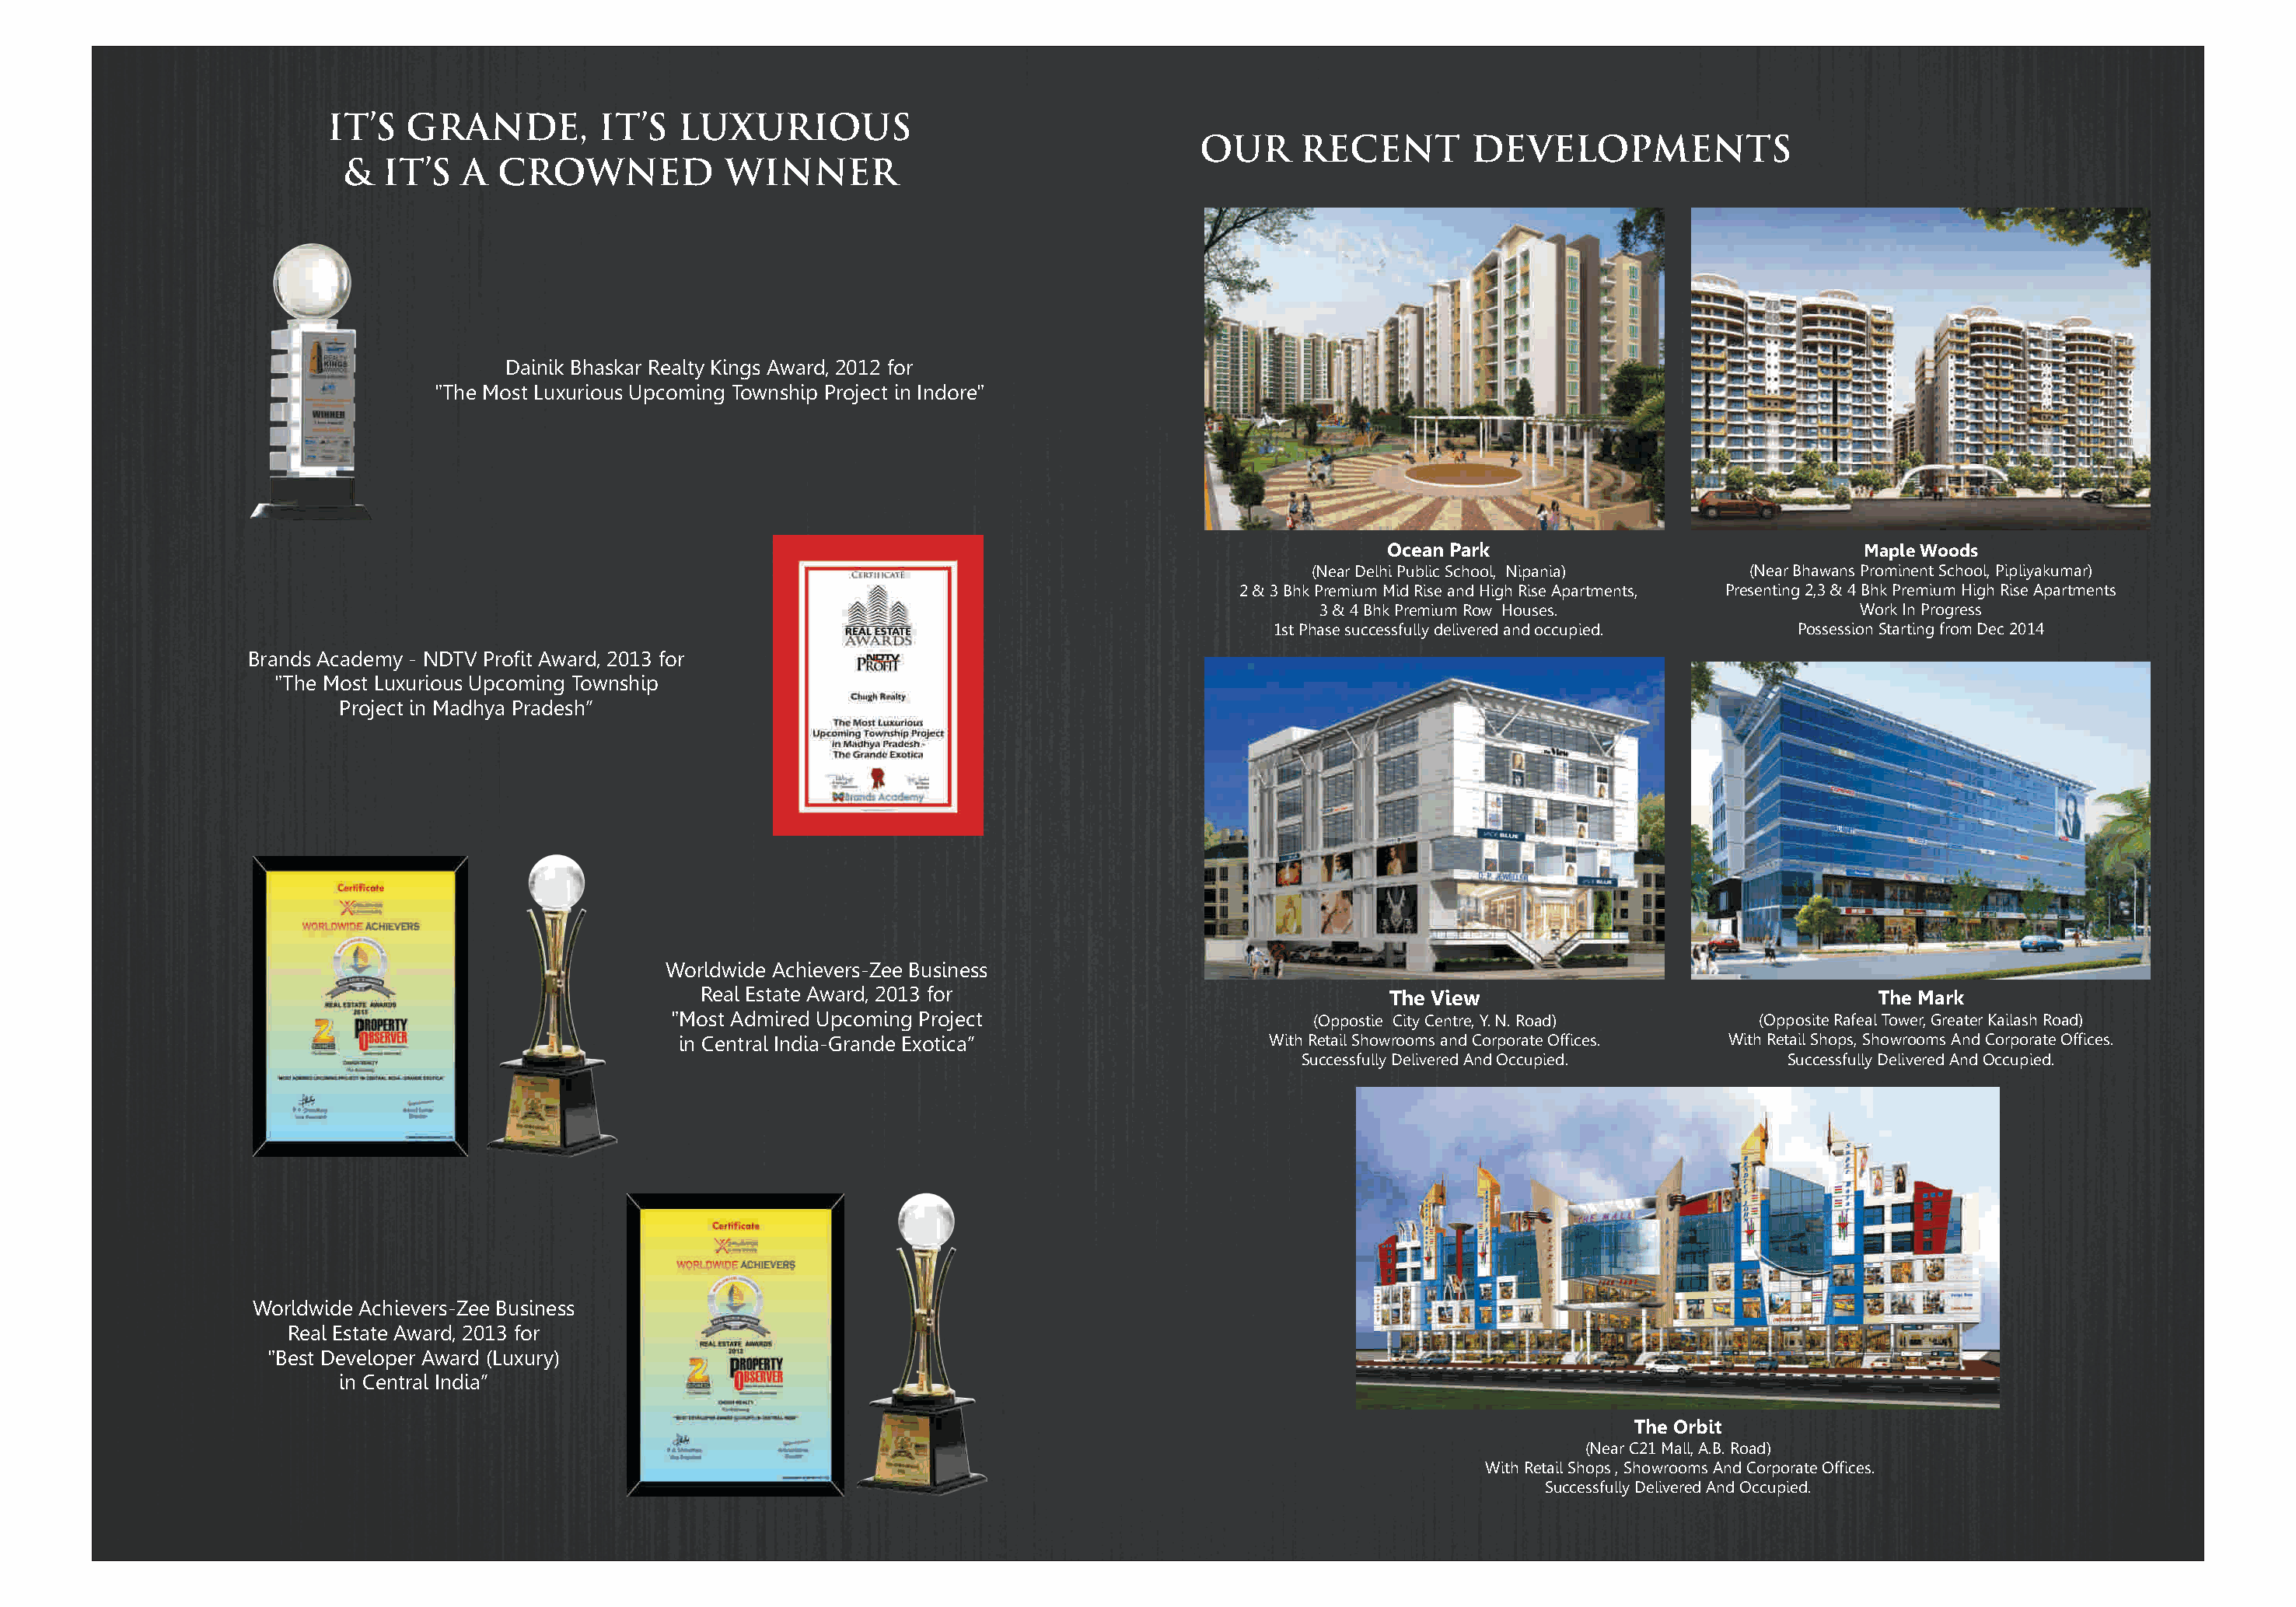
IT’S   GRANDE,         IT’S   LUXURIOUS
 OUR      RECENT        DEVELOPMENTS
 &   IT’S  A  CROWNED             WINNER
 Dainik Bhaskar Realty Kings Award, 2012 for
 "The Most Luxurious Upcoming Township Project in Indore"
 Ocean Park                               Maple Woods
 (Near Delhi Public School, Nipania)  (Near Bhawans Prominent School, Pipliyakumar)
 2 & 3 Bhk Premium Mid Rise and High Rise Apartments, Presenting 2,3 & 4 Bhk Premium High Rise Apartments
 3 & 4 Bhk Premium Row Houses.                 Work In Progress
 1st Phase successfully delivered and occupied. Possession Starting from Dec 2014
 Brands Academy - NDTV Profit Award, 2013 for
 "The Most Luxurious Upcoming Township
 Project in Madhya Pradesh”
 Worldwide Achievers-Zee Business
 Real Estate Award, 2013 for                               The View                                  The Mark
 "Most Admired Upcoming Project                         (Oppostie City Centre, Y. N. Road)    (Opposite Rafeal Tower, Greater Kailash Road)
 in Central India-Grande Exotica”                  With Retail Showrooms and Corporate Offices. With Retail Shops, Showrooms And Corporate Offices.
 Successfully Delivered And Occupied.     Successfully Delivered And Occupied.
 Worldwide Achievers-Zee Business
 Real Estate Award, 2013 for
 "Best Developer Award (Luxury)
 in Central India”
 The Orbit
 (Near C21 Mall, A.B. Road)
 With Retail Shops , Showrooms And Corporate Offices.
 Successfully Delivered And Occupied.